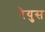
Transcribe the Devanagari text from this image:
रेयुस